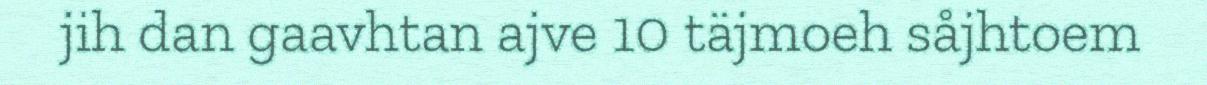
jih dan gaavhtan ajve 10 täjmoeh såjhtoem